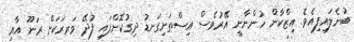
ބުނެލައިފިއެވެ. އިޒްކާން ހުންނާނީ އޭރުވެސް އިސްތަށިގަނޑު ދިގުކޮށްފައި ފުދޭ ވަރރަކަށް ރަނޫ އާއި